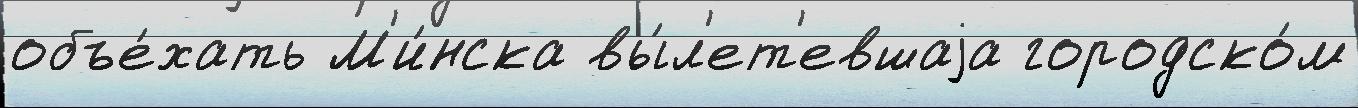
объе́хать М'и́нска вы́л'ет'евшаjа городско́м